Civil Veterinary Dept. Assam report 1927-50 - 1927-1950
Year: 1927
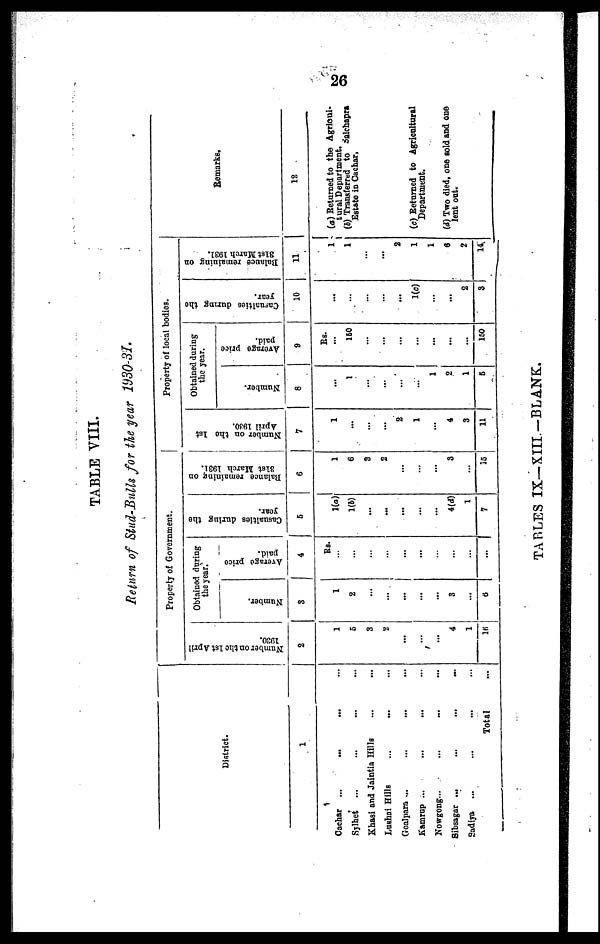
26
TABLE VIII.
Return of Stud-Bulls for the year 1930-31.
District.
1
Cachar ...
... ... ...
Sjlhet ... ... ... ...
Khasi and Jaintia Hills ... ...
Lushni Hills ... ... ...
Goalpara ... ... ... ...
Kamrnp ... ... ... ...
Nowgong ... ... ... ...
Sibsagar ...
...
...
...
Sadiya ... ... ... ...
Total …
Property of Government.
Number on the 1st April
1930.
2
1
5
3
2
…
…
...
4
1
16
Obtained during
the year.
Number.
3
1
2
…
…
…
…
...
3
…
6
Average price
paid.
4
Rs.
…
…
…
…
…
…
…
…
…
…
Casualties during the
year.
5
1(a)
1(b)
…
...
...
…
...
4(d)
1
7
Balance remaining on
3l6t March 1931.
6
1
6
3
2
…
…
…
3
15
Property of local bodies.
Number on the 1st
April 1930.
7
1
...
…
…
2
1
…
4
3
11
Obtained during
the year.
Number.
8
…
1
…
...
…
…
1
2
1
5
Average price
paid.
9
Rs.
...
150
…
…
…
…
…
...
...
150
Casualties
during the
year.
10
...
…
…
…
...
1(c)
…
…
2
3
Balance remaining on
31st March 1931.
11
1
1
…
...
2
1
1
6
2
14
Remarks.
12
(a) Returned to the Agricul-
tural Department.
(b) Transferred to Solchapra
Estate in Cachar,
(c) Returned to Agricultural
Department.
(d) Two died, one sold and one
lent out.
TABLES IX— XIII.—BLANK.